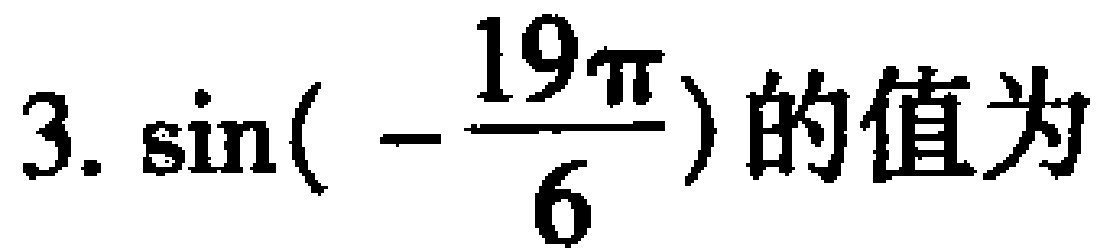
$3.\sin(-\frac{19\pi}{6})$的值为